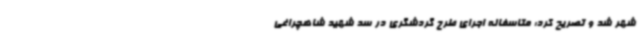
شهر شد و تصریح کرد: متاسفانه اجرای طرح گردشگری در سد شهید شاهچراغی